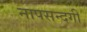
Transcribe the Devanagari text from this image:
नापसन्दगी